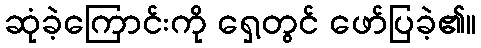
ဆုံခဲ့ကြောင်းကို ရှေ့တွင် ဖော်ပြခဲ့၏။